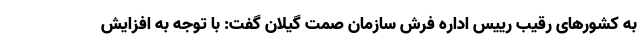
به کشورهای رقیب رییس اداره فرش سازمان صمت گیلان گفت: با توجه به افزایش